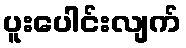
ပူးပေါင်းလျက်